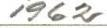
1962